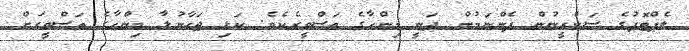
ލެޕްޓޮޕުގެ ސަކްރީނުން ފެންނަމުން ދަނީ މިންހާގެ ތަސްވީރެކެވެ. ކަޅި ޖަހާނުލާ މިންހާގެ ތަސްވީރަށް